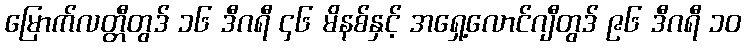
မြောက်လတ္တီတွဒ် ၁၆ ဒီဂရီ ၄၆ မိနစ်နှင့် အရှေ့လောင်ဂျီတွဒ် ၉၆ ဒီဂရီ ၁၀